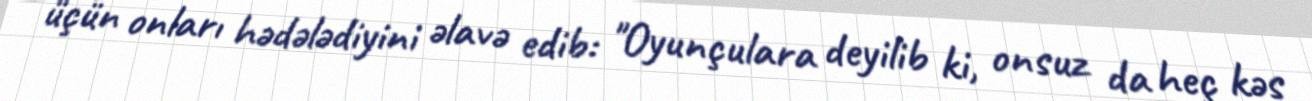
üçün onları hədələdiyini əlavə edib: "Oyunçulara deyilib ki, onsuz da heç kəs